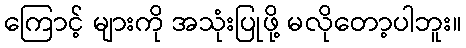
ကြောင့် များကို အသုံးပြုဖို့ မလိုတော့ပါဘူး။